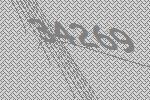
34269